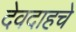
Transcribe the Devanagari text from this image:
देवदाहचे